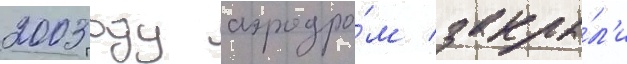
2003 году аэродро́м закры́л'и